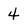
Character: 4